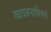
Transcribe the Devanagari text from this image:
व्यञ्जनाविमर्श